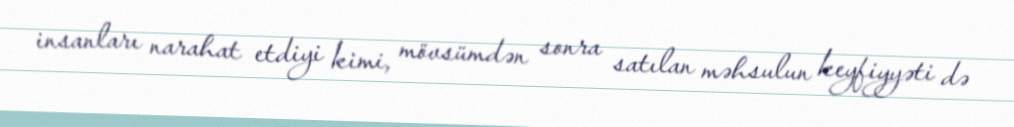
insanları narahat etdiyi kimi, mövsümdən sonra satılan məhsulun keyfiyyəti də